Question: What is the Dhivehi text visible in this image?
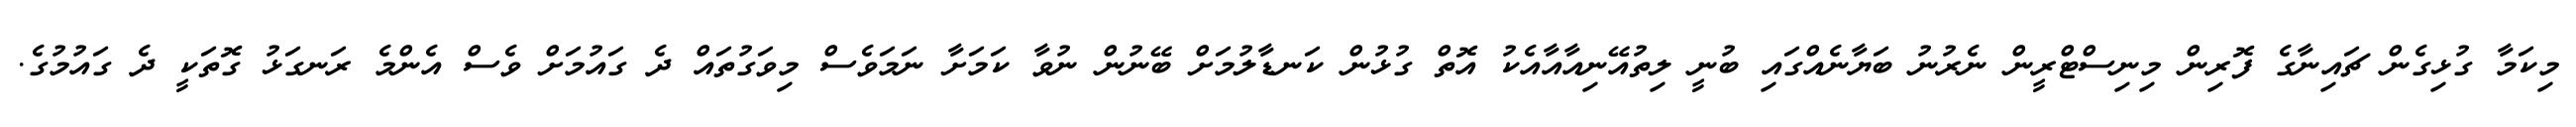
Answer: މިކަމާ ގުޅިގެން ޗައިނާގެ ފޮރިން މިނިސްޓްރީން ނެރުނު ބަޔާނެއްގައި ބުނީ ލިތުއޭނިއާއާއެކު އޮތް ގުޅުން ކަނޑާލުމަށް ބޭނުން ނުވާ ކަމަށާ ނަމަވެސް މިވަގުތައް ދެ ގައުމަށް ވެސް އެންމެ ރަނގަޅު ގޮތަކީ ދެ ގައުމުގެ.